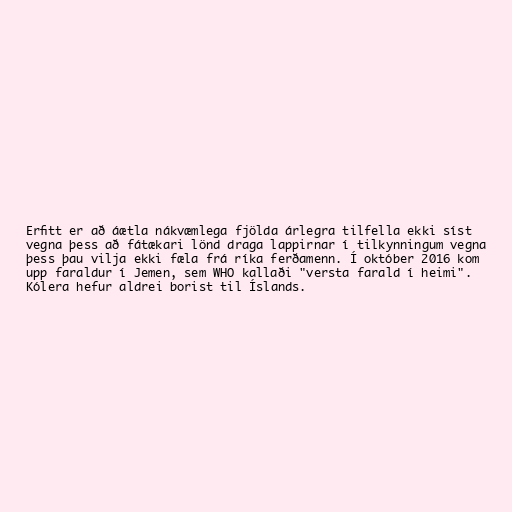
Erfitt er að áætla nákvæmlega fjölda árlegra tilfella ekki síst
vegna þess að fátækari lönd draga lappirnar í tilkynningum vegna
þess þau vilja ekki fæla frá ríka ferðamenn. Í október 2016 kom
upp faraldur í Jemen, sem WHO kallaði "versta farald í heimi".
Kólera hefur aldrei borist til Íslands.